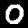
Digit: 0